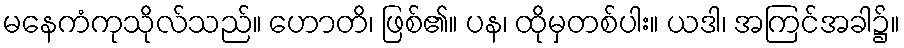
မနေကံကုသိုလ်သည်။ ဟောတိ၊ ဖြစ်၏။ ပန၊ ထိုမှတစ်ပါး။ ယဒါ၊ အကြင်အခါ၌။